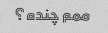
ممم چنده؟